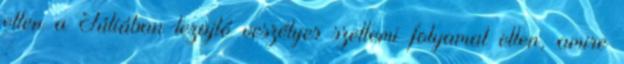
ellen a Júliában lezajló veszélyes szellemi folyamat ellen, amire